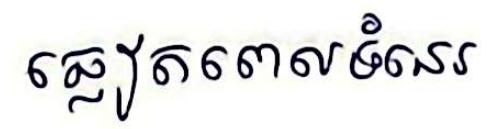
ឆ្លៀតពេលទំនេរ